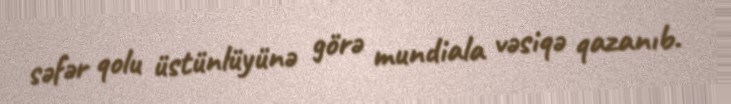
səfər qolu üstünlüyünə görə mundiala vəsiqə qazanıb.